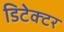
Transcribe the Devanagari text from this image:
डिटेक्‍टर